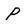
Character: P